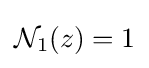
{\mathcal {N}}_{1}(z)=1